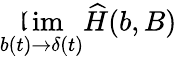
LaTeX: \operatorname*{\mathfrak{l}im}_{b(t)\to\delta(t)}{\widehat{H}}(b,B)